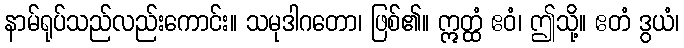
နာမ်ရုပ်သည်လည်းကောင်း။ သမုဒါဂတော၊ ဖြစ်၏။ ဣတ္ထံ ဧဝံ၊ ဤသို့။ ဧတံ ဒွယံ၊